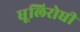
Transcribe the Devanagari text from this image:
धूलिरोधी